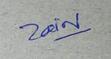
Signature authenticity: genuine